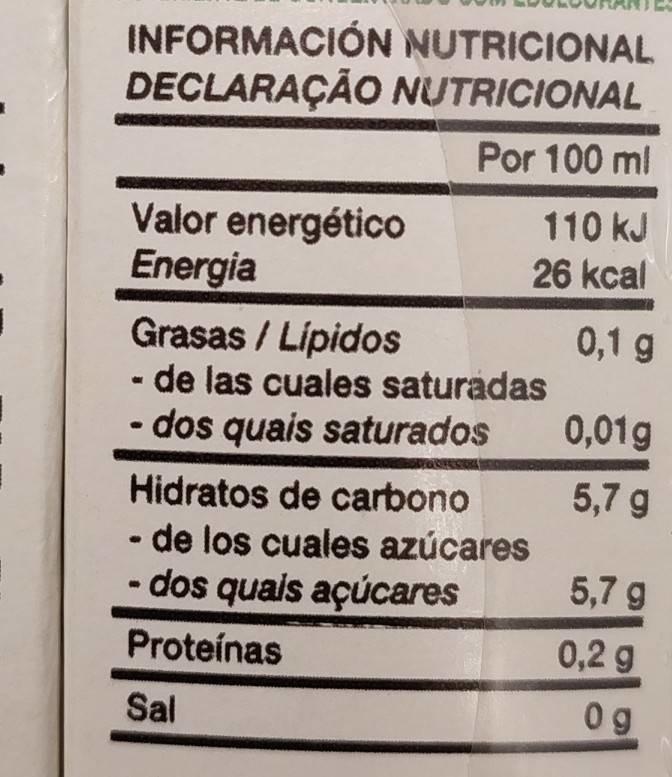
INFORMACIÓN NUTRICIONAL DECLARAÇÃO NUTRICIONAL
Por 100 ml
110 kJ
Valor energético Energia Grasas / Lipidos - de las cuales saturadas - dos quais saturados
26 kcal
0,1 g
0,01g
Hidratos de carbono
5,7 g
• de los cuales azúcares
- dos quais açúcares
5,7 g
Proteínas
0,2 g
Sal
0g